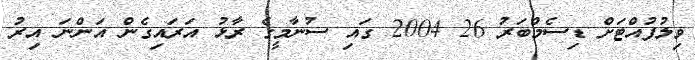
ވިލުފުއްޓަށް ޑިސެމްބަރު 26 2004 ގައި ސުނާމީގެ ރާޅު އަރައިގެން އަންނަ އިރު